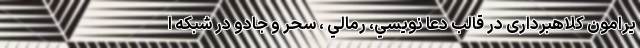
یرامون کلاهبرداری در قالب دعا نويسي، رمالي ، سحر و جادو در شبکه ا